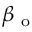
\beta _ { \mathrm { ~ o ~ } }